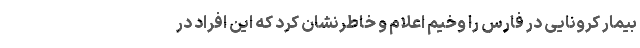
بیمار کرونایی در فارس را وخیم اعلام و خاطرنشان کرد که این افراد در